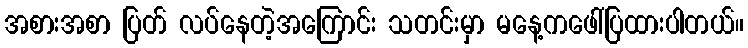
အစားအစာ ပြတ် လပ်နေတဲ့အကြောင်း သတင်းမှာ မနေ့ကဖေါ်ပြထားပါတယ်။